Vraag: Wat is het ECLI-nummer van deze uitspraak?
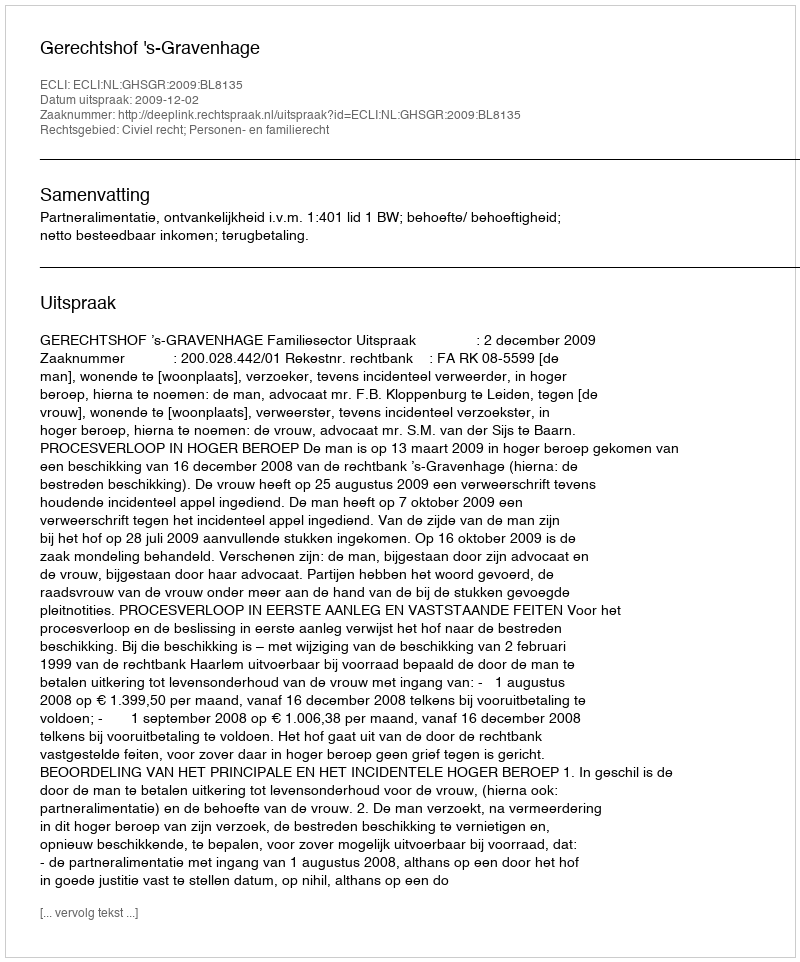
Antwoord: ECLI:NL:GHSGR:2009:BL8135